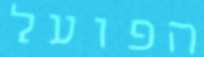
הפועל